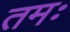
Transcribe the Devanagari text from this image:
तमः